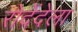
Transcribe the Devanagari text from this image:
रोदेंदेला